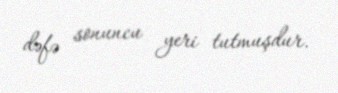
dəfə sonuncu yeri tutmuşdur.